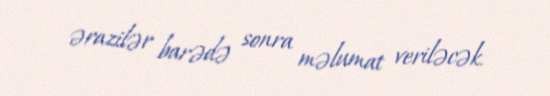
ərazilər barədə sonra məlumat veriləcək.